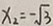
x _ { 2 } = - \sqrt { 3 }